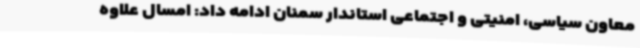
معاون سیاسی، امنیتی و اجتماعی استاندار سمنان ادامه داد: امسال علاوه